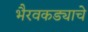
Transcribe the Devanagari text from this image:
भैरवकड्याचे